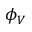
\phi _ { V }